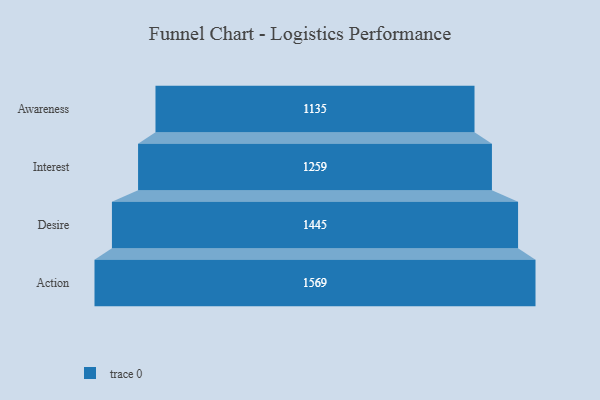
{"axis": {"x": "Stage", "y": "Value"}, "legend": [""], "data": [{"x": "Awareness", "y": 1135.0, "type": ""}, {"x": "Interest", "y": 1259.0, "type": ""}, {"x": "Desire", "y": 1445.0, "type": ""}, {"x": "Action", "y": 1569.0, "type": ""}]}